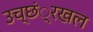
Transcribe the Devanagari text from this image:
उच्छं्रखल